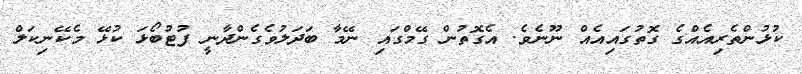
ކުޅުންތެރިއެއްގެ ގޮތުގައިއެއް ނޫނެވެ. އެގޮތުން ގޭމްގައި ނޭމާ ބަދަލުވެގެންދާނީ ފުޓުބޯޅަ ކުޅޭ މެކޭނިކަލް